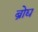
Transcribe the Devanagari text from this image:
ब्रोद्य